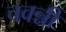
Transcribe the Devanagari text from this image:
चवन्नी